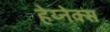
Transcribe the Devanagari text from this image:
हेय्नेक्स